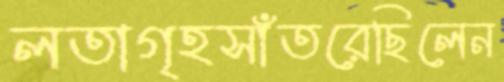
লতাগৃহসাঁতরেছিলেন